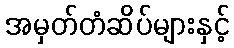
အမှတ်တံဆိပ်များနှင့်